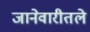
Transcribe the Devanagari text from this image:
जानेवारीतले